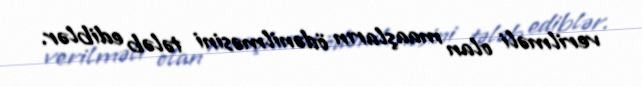
verilməli olan maaşların ödənilməsini tələb ediblər.